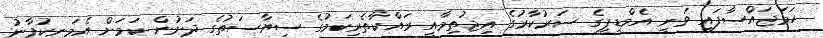
ހަމަޖައްސާފައި ވަނީ އެމްޑީޕީގެ ސަރުކާރުގެ އިޖުތިމާއީ ރައްކާތެރިކަމުގެ ސިޔާސަތުގެ ދަށުން ކަމަށް އެމަނިކުފާނު